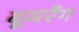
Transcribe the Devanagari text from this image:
बूमरँग